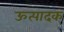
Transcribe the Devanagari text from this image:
ऊत्पादक